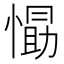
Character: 𭞛